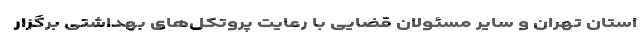
استان تهران و سایر مسئولان قضایی با رعایت پروتکل‌های بهداشتی برگزار